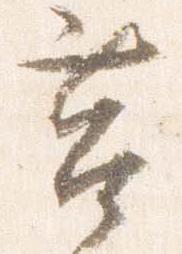
筥